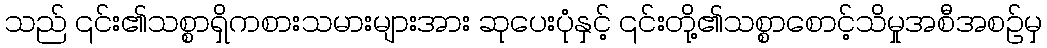
သည် ၎င်း၏သစ္စာရှိကစားသမားများအား ဆုပေးပုံနှင့် ၎င်းတို့၏သစ္စာစောင့်သိမှုအစီအစဉ်မှ